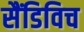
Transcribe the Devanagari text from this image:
सैंडिविच